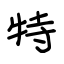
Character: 特